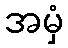
အမှံ